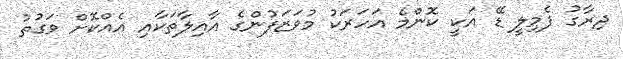
ދިރާގު ފެމިލީ ޑޭ އަކީ ކޮންމެ އަހަރަކު މުވަޒަފުންގެ އާއިލާތަކާއި އެއްކޮށް ވަގުތު